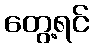
တွေ့ရင်